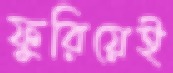
ফুরিয়েই